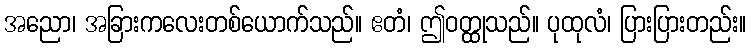
အညော၊ အခြားကလေးတစ်ယောက်သည်။ ဧတံ၊ ဤဝတ္ထုသည်။ ပုထုလံ၊ ပြားပြားတည်း။